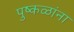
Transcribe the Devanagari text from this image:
पुष्‍कळांना